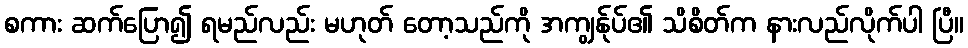
စကား ဆက်ပြော၍ ရမည်လည်း မဟုတ် တော့သည်ကို အကျွန်ုပ်၏ သိစိတ်က နားလည်လိုက်ပါ ပြီ။